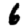
Digit: 6